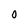
Character: 0